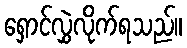
ရှောင်လွှဲလိုက်ရသည်။